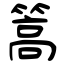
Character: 篙